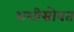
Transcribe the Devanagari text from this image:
शशीसोबत